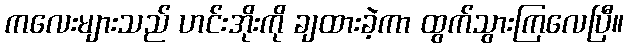
ကလေးများသည် ဟင်းအိုးကို ချထားခဲ့ကာ ထွက်သွားကြလေပြီ။